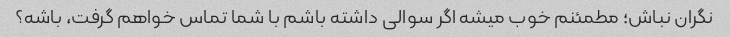
نگران نباش؛ مطمئنم خوب میشه اگر سوالی داشته باشم با شما تماس خواهم گرفت، باشه؟